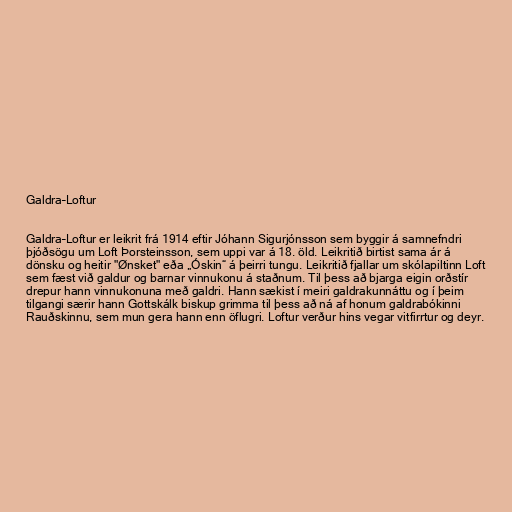
Galdra–Loftur

Galdra–Loftur er leikrit frá 1914 eftir Jóhann Sigurjónsson sem byggir á samnefndri
þjóðsögu um Loft Þorsteinsson, sem uppi var á 18. öld. Leikritið birtist sama ár á
dönsku og heitir "Ønsket" eða „Óskin“ á þeirri tungu. Leikritið fjallar um skólapiltinn Loft
sem fæst við galdur og barnar vinnukonu á staðnum. Til þess að bjarga eigin orðstír
drepur hann vinnukonuna með galdri. Hann sækist í meiri galdrakunnáttu og í þeim
tilgangi særir hann Gottskálk biskup grimma til þess að ná af honum galdrabókinni
Rauðskinnu, sem mun gera hann enn öflugri. Loftur verður hins vegar vitfirrtur og deyr.